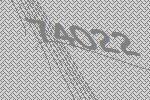
74022